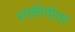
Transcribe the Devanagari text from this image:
शक्तीपीठा